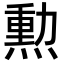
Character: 勲